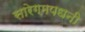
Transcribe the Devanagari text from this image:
सारेगमपधनी